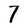
Character: 7